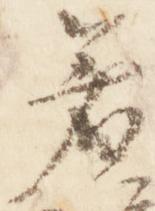
着